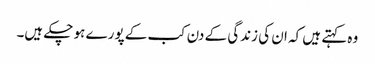
وہ کہتے ہیں کہ ان کی زندگی کے دن کب کے پورے ہو چکے ہیں۔